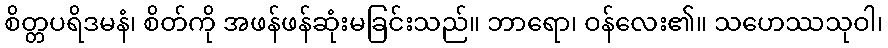
စိတ္တပရိဒမနံ၊ စိတ်ကို အဖန်ဖန်ဆုံးမခြင်းသည်။ ဘာရော၊ ဝန်လေး၏။ သဟေဿသုဝါ၊